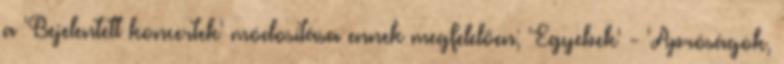
a 'Bejelentett koncertek' módosítása ennek megfelelően; 'Egyebek' - 'Apróságok,